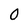
Character: 0